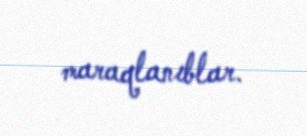
maraqlanıblar.